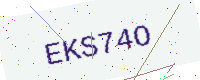
Text: EKS74O